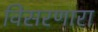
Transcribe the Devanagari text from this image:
विसरणारा